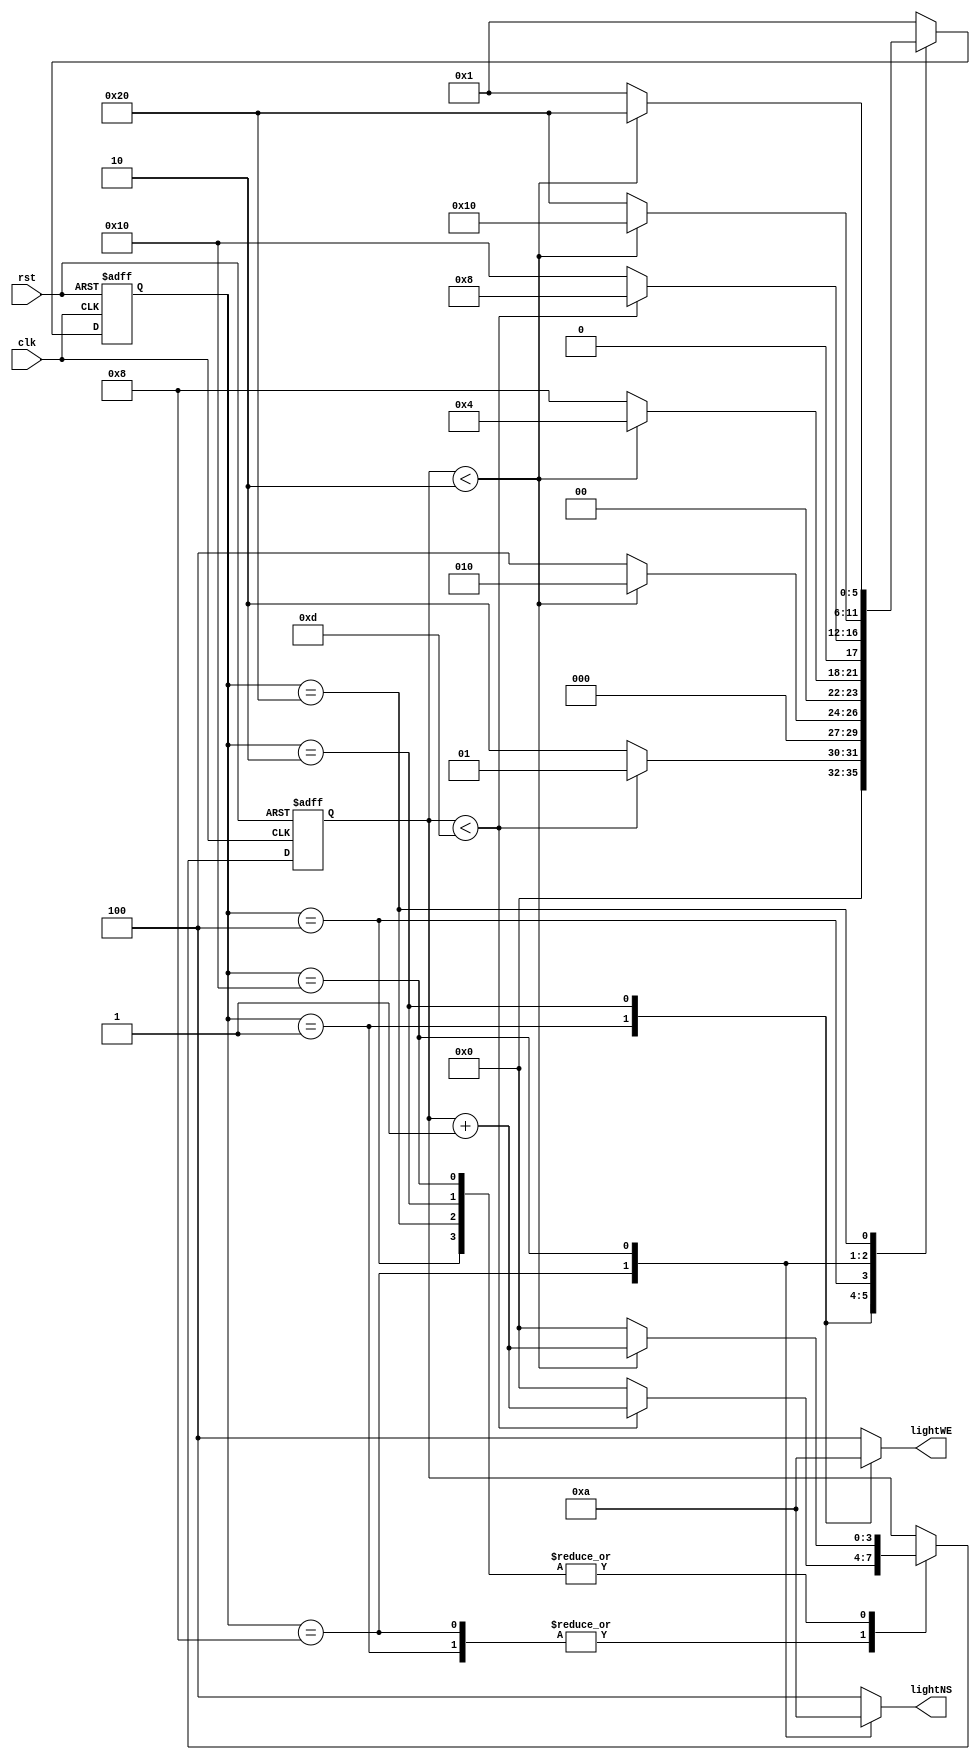
`timescale 1ns / 1ps

module traffic_light( input clk, input rst, output reg [2:0] lightWE, output reg [2:0] lightNS );
 reg [5:0] state;
parameter   S0 = 6'b000001,
            S1 = 6'b000010,
            S2 = 6'b000100,
            S3 = 6'b001000,
            S4 = 6'b010000,
            S5 = 6'b100000;

reg [3:0] count;
parameter  SEC15 = 4'd13, SEC3 = 4'd2;
 
always @(posedge clk or posedge rst) 
    if (rst == 1) begin
        state <= S0;
        count <= 0;
   	 end 
		else
        case (state)
           S0: if (count < SEC15) begin
               state <=S0;
               count <= count +1;
               
           end 
		else 
			begin
                state <= S1;
                count <= 0;
                end
          S1: if (count < SEC3) begin
               state <=S1;
               count <= count +1;
               
           end 
	else
		begin
                state <= S2;
                count <= 0;
                end

        S2: if (count < SEC3) begin
               state <=S2;
               count <= count +1;
               
           end 
		else 
			begin
                state <= S3;
                count <= 0;
                end
        S3: if (count < SEC15) begin
               state <=S3;
               count <= count +1;
               
           end 
		else 
			begin
                state <= S4;
                count <= 0;
                end
        S4: if (count < SEC3) begin
               state <=S4;
               count <= count +1;
               
           end 
		else 
			begin
                state <= S5;
                count <= 0;
                end

        S5: if (count < SEC3) begin
               state <=S5;
               count <= count +1;
               
           end 
		else 
			begin
                state <= S0;
                count <= 0;
                end
            default state <= S0;
        endcase

    always @(*)
   	begin
		case (state)
       	S0: begin lightWE <= 3'b001; lightNS <=3'b100; end
       	S1: begin lightWE <= 6'b010; lightNS <=3'b100; end
       	S2: begin lightWE <= 6'b100; lightNS <=3'b100; end
       	S3: begin lightWE <= 6'b100; lightNS <=3'b001; end
       	S4: begin lightWE <= 6'b100; lightNS <=3'b010; end
       	S5: begin lightWE <= 6'b100; lightNS <=3'b100; end
       default begin lightWE <= 6'b100; lightNS <=3'b100; end
	
	endcase
end
endmodule